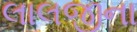
લાલજીના